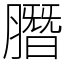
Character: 䐶